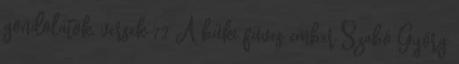
gondolatok, versek 72 A büki füves ember Szabó Györg